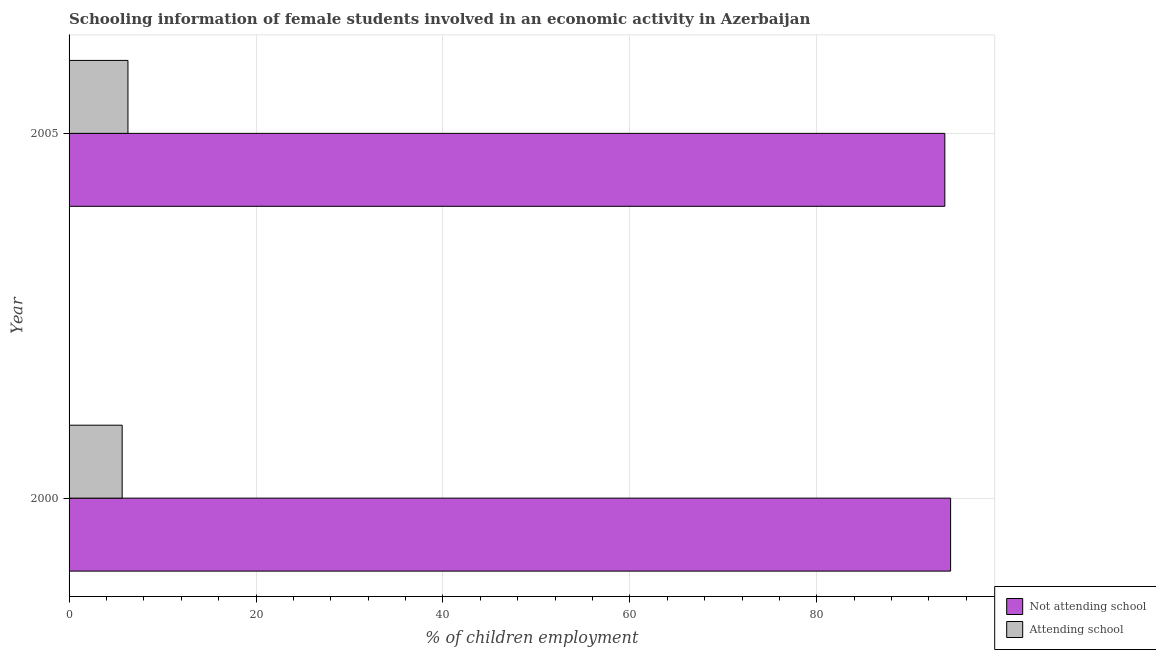
| Year | Not attending school | Attending school |
 | --- | --- | --- |
 | 2000 | 94.3 | 5.68 |
 | 2005 | 93.7 | 6.3 |